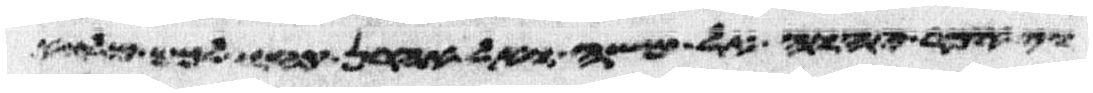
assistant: ויאמר יהוה אל משה ואל אהרן קחו לכם מלוא